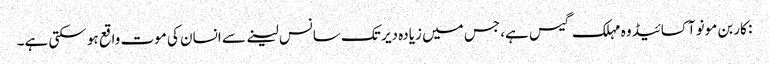
: کاربن مونو آکسائیڈ وہ مہلک گیس ہے، جس میں زیادہ دیر تک سانس لینے سے انسان کی موت واقع ہو سکتی ہے۔